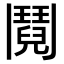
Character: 鬩